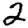
Digit: 2